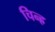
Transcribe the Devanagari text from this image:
चिन्ह्र